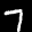
Label: 7